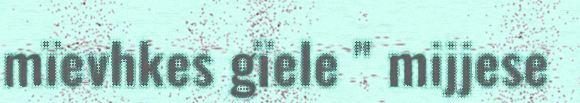
mïevhkes gïele " mijjese